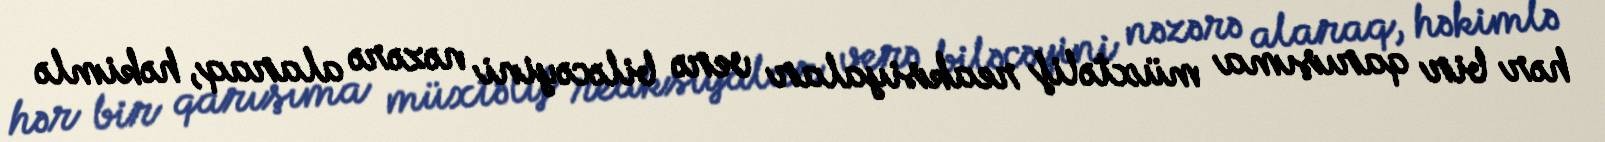
hər bir qarışıma müxtəlif reaksiyalar verə biləcəyini nəzərə alaraq, həkimlə